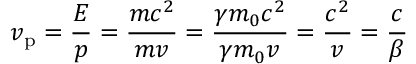
v _ { \mathrm { p } } = { \frac { E } { p } } = { \frac { m c ^ { 2 } } { m v } } = { \frac { \gamma m _ { 0 } c ^ { 2 } } { \gamma m _ { 0 } v } } = { \frac { c ^ { 2 } } { v } } = { \frac { c } { \beta } }